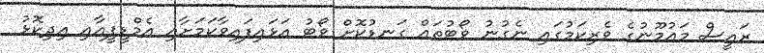
ރައީސް މައުމޫނުގެ ވެރިކަމުގައި ނެގުނު ވޯޓުތައް ގަނޑުކޮށް ވޯޓު އަޅައިފައިވާކަމަށާއި އެމްޑީޕީއާއި އިދިކޮޅު